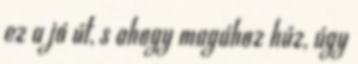
ez a jó út, s ahogy magához húz, úgy